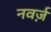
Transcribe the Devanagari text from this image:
नवर्ज़